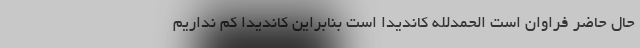
حال حاضر فراوان است الحمدلله کاندیدا است بنابراین کاندیدا کم نداریم